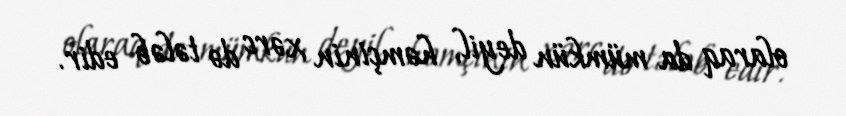
olaraq da mümkün deyil, həmçinin xərc də tələb edir.